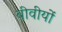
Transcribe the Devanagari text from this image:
बीवीयों